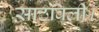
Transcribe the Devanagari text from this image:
साठविली।